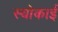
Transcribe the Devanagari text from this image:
स्योकाई